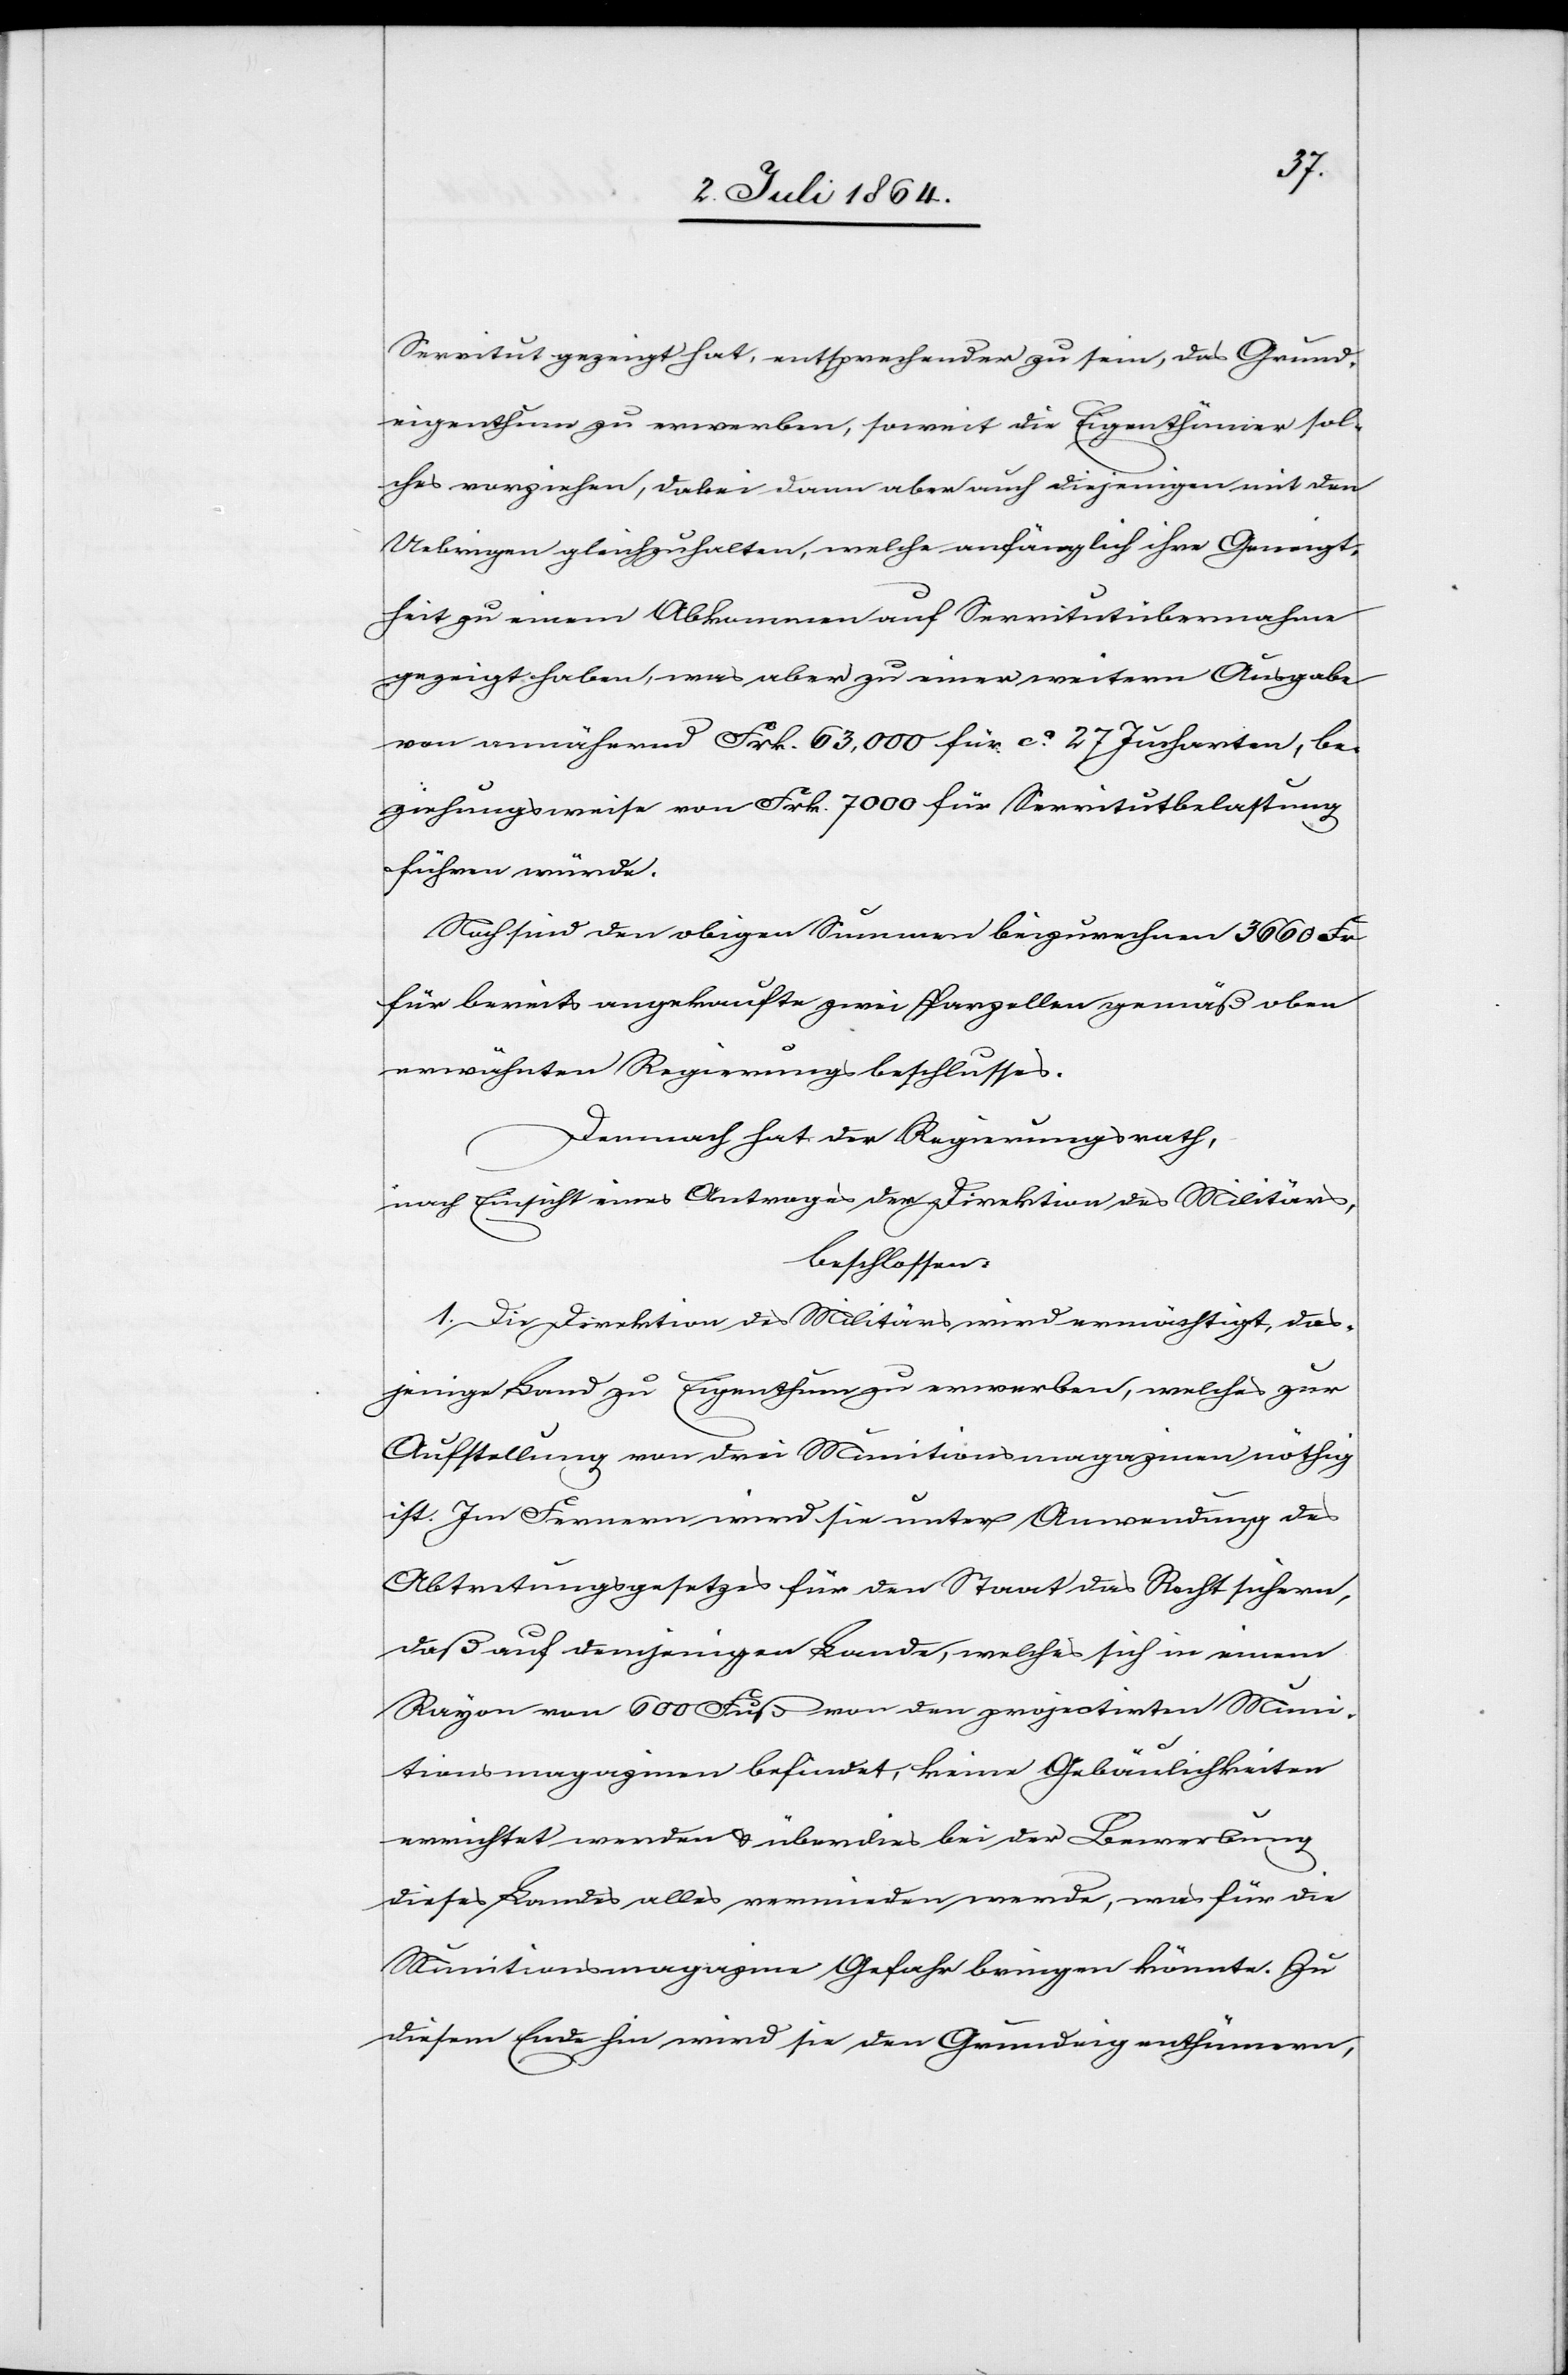
Servitut gezeigt hat, entsprechender zu sein, das Grund¬
eigenthum zu erwerben, soweit die Eigenthümer sol¬
ches vorziehen, dabei dann aber auch diejenigen mit den
Uebrigen gleichzuhalten, welche anfänglich ihre Geneigt¬
heit zu einem Abkommen auf Servitutübernahme
gezeigt haben, was aber zu einer weitern Ausgabe
von annähernd Frk. 63,000 für ca 27 Jucharten, be¬
ziehungsweise von Frk. 7000 für Servitutbelastung
führen würde.
Noch sind den obigen Summen beizurechnen 3660 Fr
für bereits angekaufte zwei Parzellen gemäß oben
erwähnten Regierungsbeschlusses.
Demnach hat der Regierungsrath,
nach Einsicht eines Antrages der Direktion des Militärs,
beschlossen:
1. Die Direktion des Militärs wird ermächtigt, das¬
jenige Land zu Eigenthum zu erwerben, welches zur
Aufstellung von drei Munitionsmagazinen nöthig
ist. Im Fernern wird sie unter Anwendung des
Abtretungsgesetzes für den Staat das Recht sichern,
daß auf demjenigen Lande, welches sich in einem
Rayon von 600 Fuß von den projectirten Muni¬
tionsmagazinen befindet, keine Gebäulichkeiten
errichtet werden u. überdies bei der Bewerbung
dieses Landes alles vermieden werde, was für die
Munitionsmagazine Gefahr bringen könnte. Zu
diesem Ende hin wird sie den Grundeigenthümern,